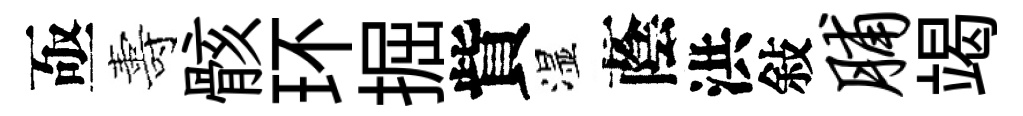
亟夀骸环掘貲湿蔭洪敍脯竭